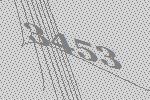
3453